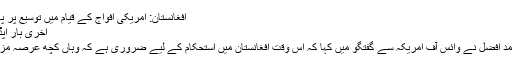
افغانستان: امریکی افواج کے قیام میں توسیع پر پاکستانی قانون سازوں کی رائے
آخری بار اپڈیٹ کیا گیا اکتوبر 16, 2015
رکن قومی اسمبلی رکن رانا محمد افضل نے وائس آف امریکہ سے گفتگو میں کہا کہ اس وقت افغانستان میں استحکام کے لیے ضروری ہے کہ وہاں کچھ عرصہ مزید امریکی فورسز موجود رہیں۔